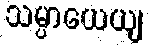
သမ္ပာယေယျ